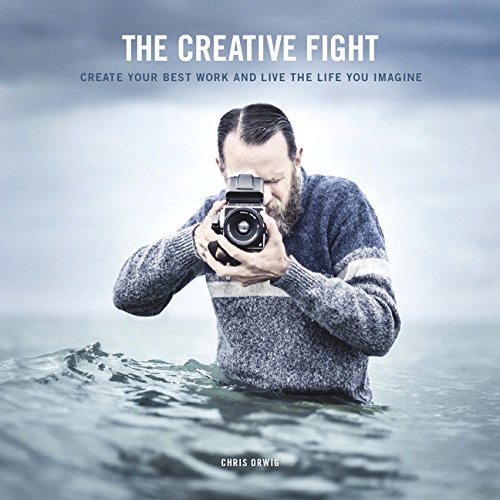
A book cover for The Creative Fight: Create Your Best Work and Live the Life You Imagine; Chris Orwig; Arts & Photography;